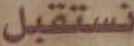
نستقبل